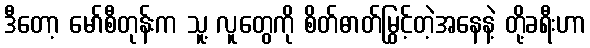
ဒီတော့ မော်စီတုန်းက သူ့ လူတွေကို စိတ်ဓာတ်မြွင့်တဲ့အနေနဲ့ တို့ခရီးဟာ